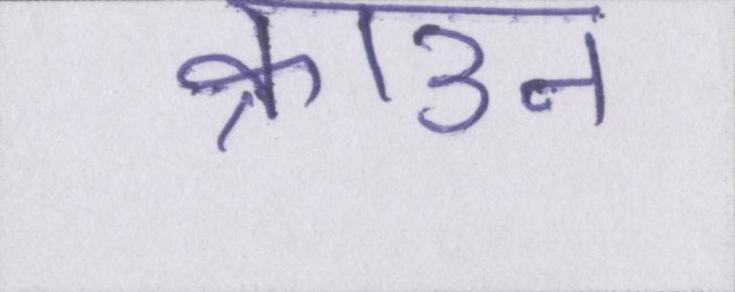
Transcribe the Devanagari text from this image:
क्राउन